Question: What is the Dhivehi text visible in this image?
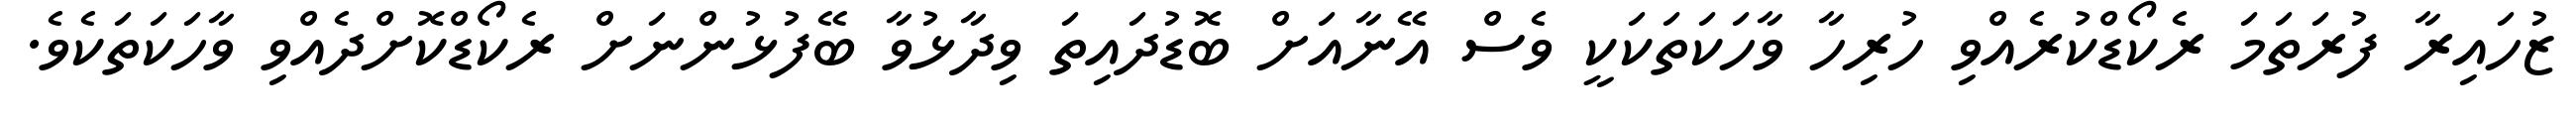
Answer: ޒުހައިރާ ފުރަތަމަ ރެކޯޑްކުރެއްވި ހުރިހާ ވާހަކަތަކަކީ ވެސް އޭނާއަށް ބޮޑުދައިތަ ވިދާޅުވާ ބޭފުޅުންނަށް ރެކޯޑްކޮށްދެއްވި ވާހަކަތަކެވެ.